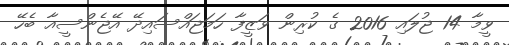
ވީމާ 14 ޖުލައި 2016 ގެ ކުރިން ވަޒީފާ ހަމަޖައްސައިދޭ އޭޖެންސީއާ ބެހޭ